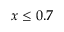
x \leq 0 . 7